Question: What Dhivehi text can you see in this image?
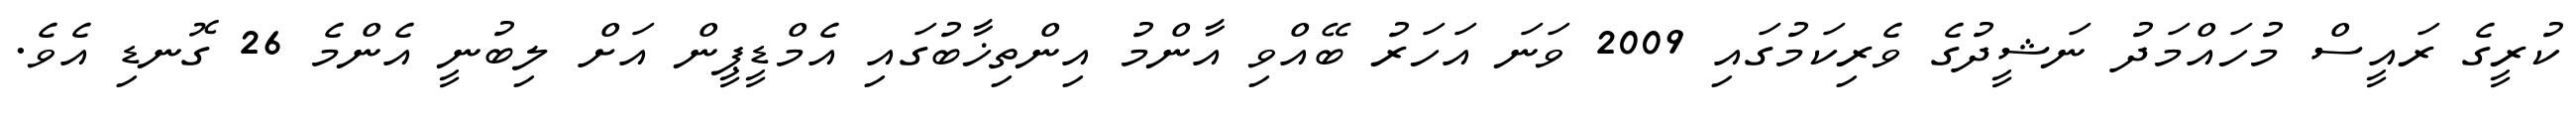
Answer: ކުރީގެ ރައީސް މުހައްމަދު ނަޝީދުގެ ވެރިކަމުގައި 2009 ވަނަ އަހަރު ބޭއްވި އާންމު އިންތިޚާބުގައި އެމްޑީޕީން އަށް ލިބުނީ އެންމެ 26 ގޮނޑި އެވެ.